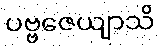
ပဗ္ဗဇေယျာသိ